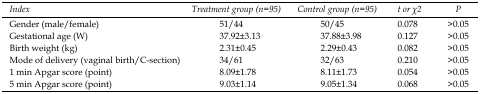
<table><thead><tr><td><b>Index</b></td><td><b>Treatment group (n=95)</b></td><td><b>Control group (n=95)</b></td><td><b>t or χ<sup>2</sup></b></td><td><b>P</b></td></tr></thead><tbody><tr><td>Gender (male/female)</td><td>51/44</td><td>50/45</td><td>0.078</td><td>&gt;0.05</td></tr><tr><td>Gestational age (W)</td><td>37.92±3.13</td><td>37.88±3.98</td><td>0.127</td><td>&gt;0.05</td></tr><tr><td>Birth weight (kg)</td><td>2.31±0.45</td><td>2.29±0.43</td><td>0.082</td><td>&gt;0.05</td></tr><tr><td>Mode of delivery (vaginal birth/C-section)</td><td>34/61</td><td>32/63</td><td>0.210</td><td>&gt;0.05</td></tr><tr><td>1 min Apgar score (point)</td><td>8.09±1.78</td><td>8.11±1.73</td><td>0.054</td><td>&gt;0.05</td></tr><tr><td>5 min Apgar score (point)</td><td>9.03±1.14</td><td>9.05±1.34</td><td>0.068</td><td>&gt;0.05</td></tr></tbody></table>